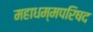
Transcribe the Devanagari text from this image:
महाधम्मपरिषद